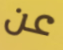
عن